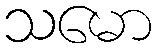
သမော